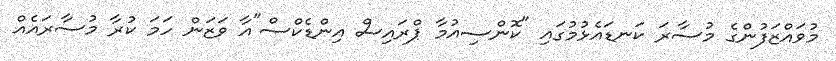
މުވައްޒަފުންގެ މުސާރަ ކަނޑައެޅުމުގައި "ކޮންސިއުމާ ޕްރައިސް އިންޑެކްސް"އާ ވަޒަން ހަމަ ކުރާ މުސާރައެއް